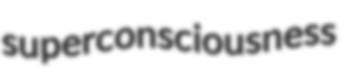
superconsciousness